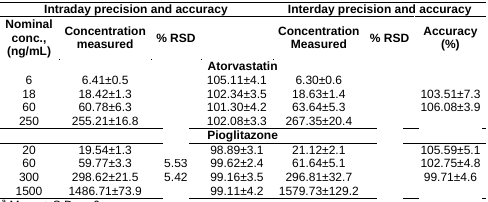
<table><thead><tr><td colspan="4"><b>Intraday precision and accuracy</b></td><td colspan="3"><b>Interday precision and accuracy</b></td></tr><tr><td><b>Nominal conc., (ng/mL)</b></td><td><b>Concentration measured</b></td><td><b>% RSD</b></td><td>[EMPTY_CELL]</td><td><b>Concentration Measured</b></td><td><b>% RSD</b></td><td><b>Accuracy (%)</b></td></tr></thead><tbody><tr><td>[EMPTY_CELL]</td><td>[EMPTY_CELL]</td><td>[EMPTY_CELL]</td><td>Atorvastatin</td><td>[EMPTY_CELL]</td><td>[EMPTY_CELL]</td><td>[EMPTY_CELL]</td></tr><tr><td>6</td><td>6.41±0.5</td><td>[EMPTY_CELL]</td><td>105.11±4.1</td><td>6.30±0.6</td><td>[EMPTY_CELL]</td><td>[EMPTY_CELL]</td></tr><tr><td>18</td><td>18.42±1.3</td><td>[EMPTY_CELL]</td><td>102.34±3.5</td><td>18.63±1.4</td><td>[EMPTY_CELL]</td><td>103.51±7.3</td></tr><tr><td>60</td><td>60.78±6.3</td><td>[EMPTY_CELL]</td><td>101.30±4.2</td><td>63.64±5.3</td><td>[EMPTY_CELL]</td><td>106.08±3.9</td></tr><tr><td>250</td><td>255.21±16.8</td><td>[EMPTY_CELL]</td><td>102.08±3.3</td><td>267.35±20.4</td><td>[EMPTY_CELL]</td><td>[EMPTY_CELL]</td></tr><tr><td>[EMPTY_CELL]</td><td>[EMPTY_CELL]</td><td>[EMPTY_CELL]</td><td>Pioglitazone</td><td>[EMPTY_CELL]</td><td>[EMPTY_CELL]</td><td>[EMPTY_CELL]</td></tr><tr><td>20</td><td>19.54±1.3</td><td>[EMPTY_CELL]</td><td>98.89±3.1</td><td>21.12±2.1</td><td>[EMPTY_CELL]</td><td>105.59±5.1</td></tr><tr><td>60</td><td>59.77±3.3</td><td>5.53</td><td>99.62±2.4</td><td>61.64±5.1</td><td>[EMPTY_CELL]</td><td>102.75±4.8</td></tr><tr><td>300</td><td>298.62±21.5</td><td>5.42</td><td>99.16±3.5</td><td>296.81±32.7</td><td>[EMPTY_CELL]</td><td>99.71±4.6</td></tr><tr><td>1500</td><td>1486.71±73.9</td><td>[EMPTY_CELL]</td><td>99.11±4.2</td><td>1579.73±129.2</td><td>[EMPTY_CELL]</td><td>[EMPTY_CELL]</td></tr></tbody></table>